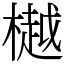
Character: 樾